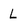
Character: L